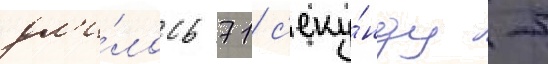
дл'и́лось 71 с'еку́нду -